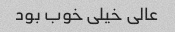
عالی خیلی خوب بود